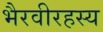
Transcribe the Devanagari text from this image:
भैरवीरहस्य